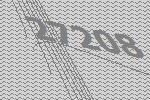
27208